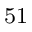
^ \mathrm { 5 1 }